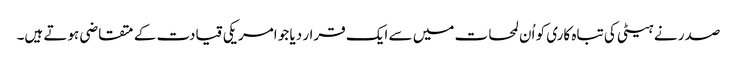
صدر نے ہیٹی کی تباہ کاری کو اُن لمحات میں سے ایک قرار دیا جو امریکی قیادت کے متقاضی ہوتے ہیں۔